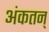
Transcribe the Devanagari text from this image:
अंकतन्